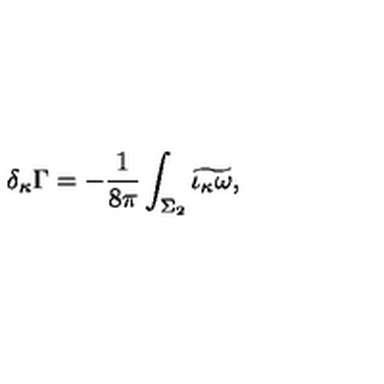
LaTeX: \delta _ { \kappa } \Gamma = - { \frac { 1 } { 8 \pi } } \int _ { \Sigma _ { 2 } } \widetilde { \iota _ { \kappa } \omega } ,